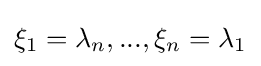
{\textstyle \xi _{1}=\lambda _{n},...,\xi _{n}=\lambda _{1}}